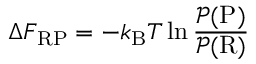
\Delta F _ { \mathrm { R P } } = - k _ { \mathrm { B } } T \ln \frac { \mathcal { P } ( \mathrm { P } ) } { \mathcal { P } ( \mathrm { R } ) }